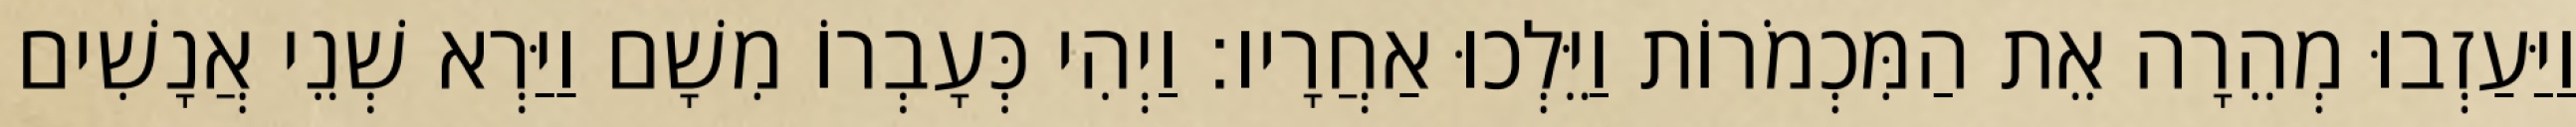
וַיַּעַזְבוּ מְהֵרָה אֵת הַמִּכְמֹרוֹת וַיֵּלְכוּ אַחֲרָיו׃ וַיְהִי כְּעָבְרוֹ מִשָׁם וַיַּרְא שְׁנֵי אֲנָשִׁים